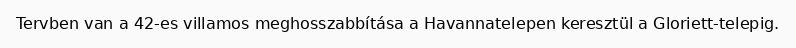
Tervben van a 42-es villamos meghosszabbítása a Havannatelepen keresztül a Gloriett-telepig.